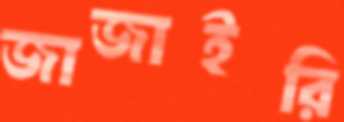
জাজাইরি